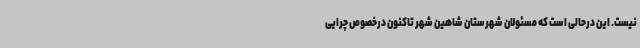
نیست. این درحالی است که مسئولان شهرستان شاهین شهر تاکنون درخصوص چرایی